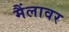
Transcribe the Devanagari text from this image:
मैंलावर